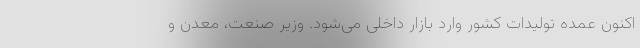
اکنون عمده تولیدات کشور وارد بازار داخلی می‌شود. وزیر صنعت، معدن و